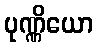
ပုဏ္ဏိယော